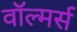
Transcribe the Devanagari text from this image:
वॉल्मर्स